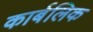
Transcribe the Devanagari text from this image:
कार्बलिक